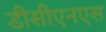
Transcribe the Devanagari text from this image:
डीसीएनएस